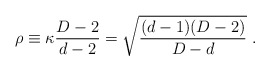
\begin{align*}\rho\equiv \kappa {{D-2}\over{d-2}} =\sqrt{(d-1)(D-2)\over{D-d}}~.\end{align*}